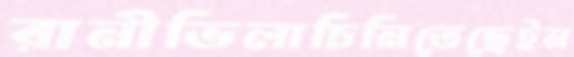
রানীভিলাচিনিতেছেইন